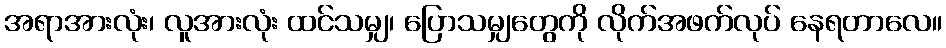
အရာအားလုံး၊ လူအားလုံး ထင်သမျှ၊ ပြောသမျှတွေကို လိုက်အဖက်လုပ် နေရတာလေ။